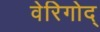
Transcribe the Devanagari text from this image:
वेरिगोद्